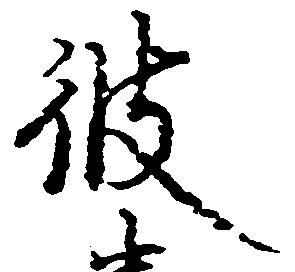
彼